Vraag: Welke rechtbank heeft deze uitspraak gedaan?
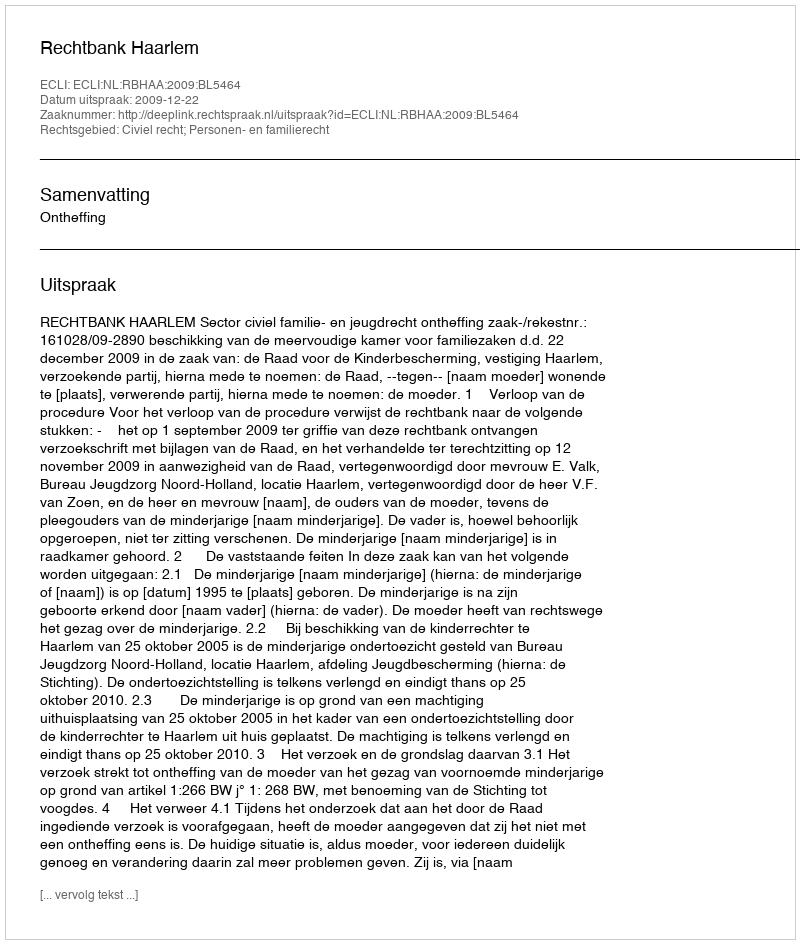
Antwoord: Rechtbank Haarlem